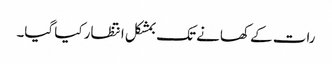
رات کے کھانے تک بمشکل انتظار کیا گیا۔